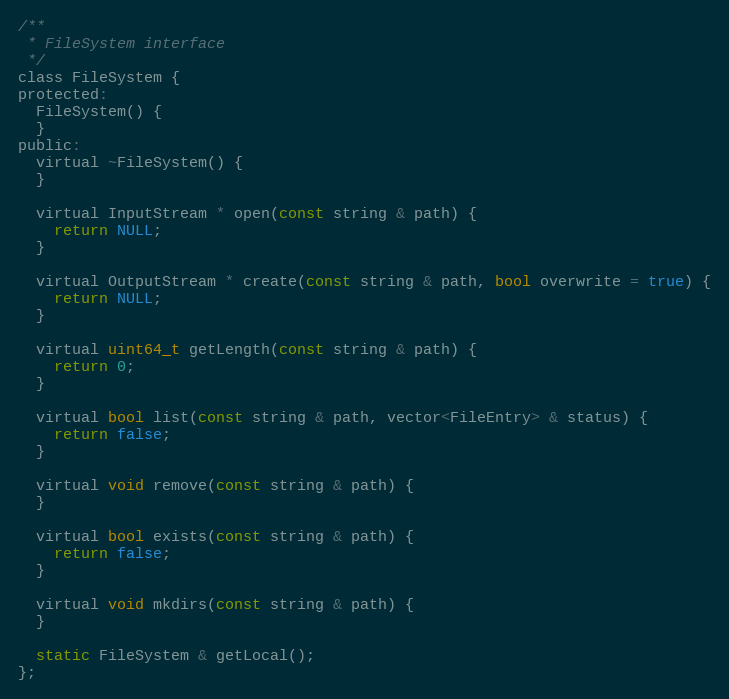
Language: C
/**
 * FileSystem interface
 */
class FileSystem {
protected:
  FileSystem() {
  }
public:
  virtual ~FileSystem() {
  }

  virtual InputStream * open(const string & path) {
    return NULL;
  }

  virtual OutputStream * create(const string & path, bool overwrite = true) {
    return NULL;
  }

  virtual uint64_t getLength(const string & path) {
    return 0;
  }

  virtual bool list(const string & path, vector<FileEntry> & status) {
    return false;
  }

  virtual void remove(const string & path) {
  }

  virtual bool exists(const string & path) {
    return false;
  }

  virtual void mkdirs(const string & path) {
  }

  static FileSystem & getLocal();
};